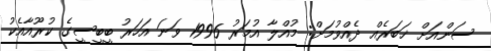
ސަންއަށް ޚަބަރެއް ދެއްވުމަށް: މުއްލާ އުމަރު 1996 ވަނަ އަހަރު ބީބީސީގެ ކުރޫއާއެކު